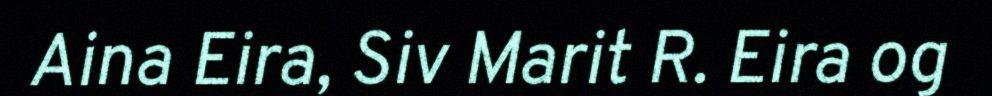
Aina Eira, Siv Marit R. Eira og